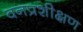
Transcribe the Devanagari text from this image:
वनप्रशीक्षण